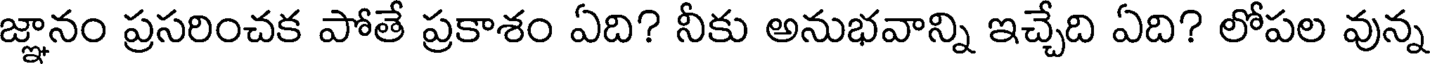
జ్ఞానం ప్రసరించక పోతే ప్రకాశం ఏది? నీకు అనుభవాన్ని ఇచ్చేది ఏది? లోపల వున్న